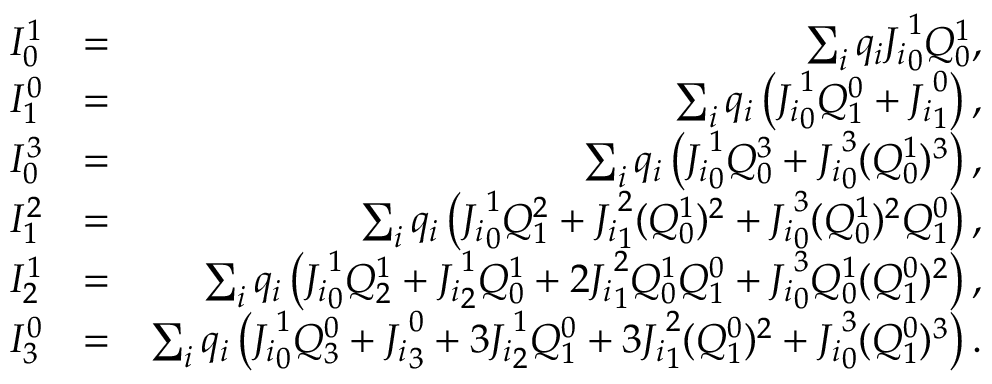
\begin{array} { r l r } { I _ { 0 } ^ { 1 } } & { = } & { \sum _ { i } q _ { i } { J _ { i } } _ { 0 } ^ { 1 } Q _ { 0 } ^ { 1 } , } \\ { I _ { 1 } ^ { 0 } } & { = } & { \sum _ { i } q _ { i } \left( { J _ { i } } _ { 0 } ^ { 1 } Q _ { 1 } ^ { 0 } + { J _ { i } } _ { 1 } ^ { 0 } \right) , } \\ { I _ { 0 } ^ { 3 } } & { = } & { \sum _ { i } q _ { i } \left( { J _ { i } } _ { 0 } ^ { 1 } Q _ { 0 } ^ { 3 } + { J _ { i } } _ { 0 } ^ { 3 } ( Q _ { 0 } ^ { 1 } ) ^ { 3 } \right) , } \\ { I _ { 1 } ^ { 2 } } & { = } & { \sum _ { i } q _ { i } \left( { J _ { i } } _ { 0 } ^ { 1 } Q _ { 1 } ^ { 2 } + { J _ { i } } _ { 1 } ^ { 2 } ( Q _ { 0 } ^ { 1 } ) ^ { 2 } + { J _ { i } } _ { 0 } ^ { 3 } ( Q _ { 0 } ^ { 1 } ) ^ { 2 } Q _ { 1 } ^ { 0 } \right) , } \\ { I _ { 2 } ^ { 1 } } & { = } & { \sum _ { i } q _ { i } \left( { J _ { i } } _ { 0 } ^ { 1 } Q _ { 2 } ^ { 1 } + { J _ { i } } _ { 2 } ^ { 1 } Q _ { 0 } ^ { 1 } + 2 { J _ { i } } _ { 1 } ^ { 2 } Q _ { 0 } ^ { 1 } Q _ { 1 } ^ { 0 } + { J _ { i } } _ { 0 } ^ { 3 } Q _ { 0 } ^ { 1 } ( Q _ { 1 } ^ { 0 } ) ^ { 2 } \right) , } \\ { I _ { 3 } ^ { 0 } } & { = } & { \sum _ { i } q _ { i } \left( { J _ { i } } _ { 0 } ^ { 1 } Q _ { 3 } ^ { 0 } + { J _ { i } } _ { 3 } ^ { 0 } + 3 { J _ { i } } _ { 2 } ^ { 1 } Q _ { 1 } ^ { 0 } + 3 { J _ { i } } _ { 1 } ^ { 2 } ( Q _ { 1 } ^ { 0 } ) ^ { 2 } + { J _ { i } } _ { 0 } ^ { 3 } ( Q _ { 1 } ^ { 0 } ) ^ { 3 } \right) . } \end{array}